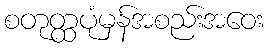
စတုတ္ထပုံမှန်အစည်းအဝေး